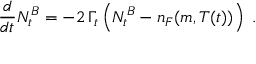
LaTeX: \frac { d } { d t } N _ { t } ^ { B } = - 2 \, \Gamma _ { t } \left( N _ { t } ^ { B } - n _ { F } ( m , T ( t ) ) \right) \; .